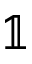
\mathbb { 1 }